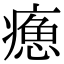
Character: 𤹸